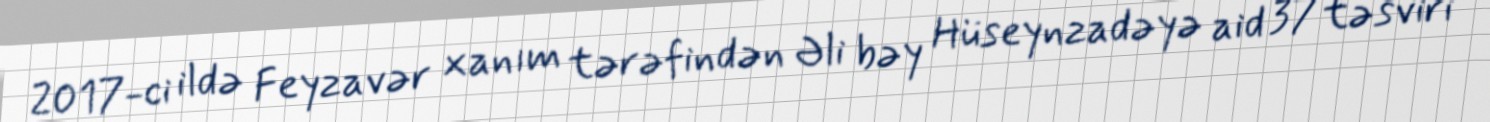
2017-ci ildə Feyzavər xanım tərəfindən Əli bəy Hüseynzadəyə aid 37 təsviri